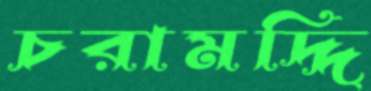
চরামদ্দি